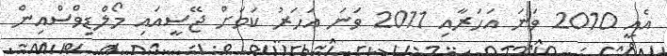
އެއީ 2010 ވަނަ އަހަރާއި 2011 ވަނަ އަހަރު ކަމަށް ޖޭސީއައި މޯލްޑިވްސްއިން